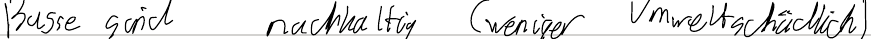
Busse sind nachhaltig (weniger Umweltschädlich)